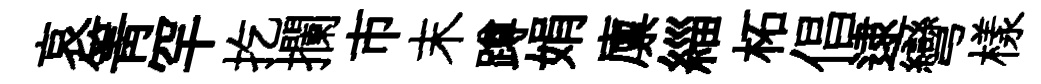
哀箐罕扢攔市末蹲娟廪緇柘倡逮彎樣